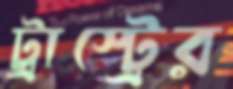
ট্রাস্ট্রের